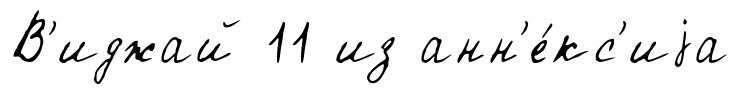
В'иджай 11 из анн'е́кс'иjа